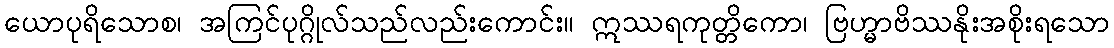
ယောပုရိသောစ၊ အကြင်ပုဂ္ဂိုလ်သည်လည်းကောင်း။ ဣဿရကုတ္တိကော၊ ဗြဟ္မာဗိဿနိုးအစိုးရသော